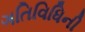
ગતિવિધિની